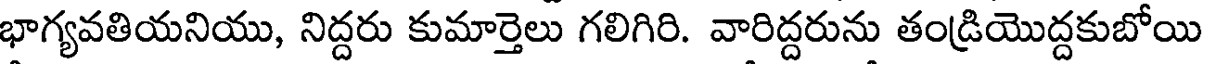
భాగ్యవతియనియు, నిద్దరు కుమార్తెలు గలిగిరి. వారిద్దరును తండ్రియొద్దకుబోయి